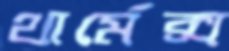
থার্মেক্স